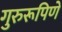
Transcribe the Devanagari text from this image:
गुरुरूपिणे